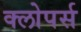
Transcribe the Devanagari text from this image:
क्लोपर्स